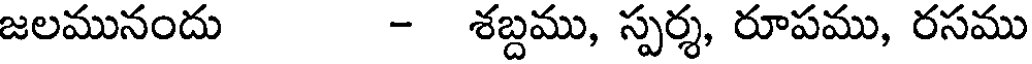
జలమునందు - శబ్దము, స్పర్శ, రూపము, రసము